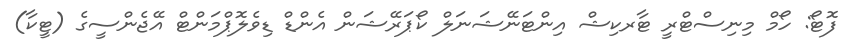
ފޮޓޯ: ހޯމް މިނިސްޓްރީ ޓާރކިޝް އިންޓަނޭޝަނަލް ކޯޕަރޭޝަން އެންޑް ޑިވެލޮޕްމަންޓް އޭޖެންސީގެ (ޓީކާ)